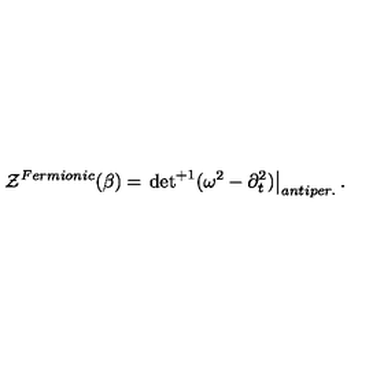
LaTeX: { \cal Z } ^ { F e r m i o n i c } ( \beta ) = \left. { \det } ^ { + 1 } ( \omega ^ { 2 } - \partial _ { t } ^ { 2 } ) \right| _ { a n t i p e r . } .